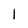
Character: 1